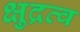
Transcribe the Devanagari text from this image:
क्षुद्रत्व